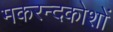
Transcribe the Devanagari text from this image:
मकरन्दकोशों